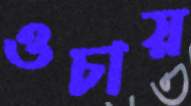
ওচায়